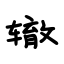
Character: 辙